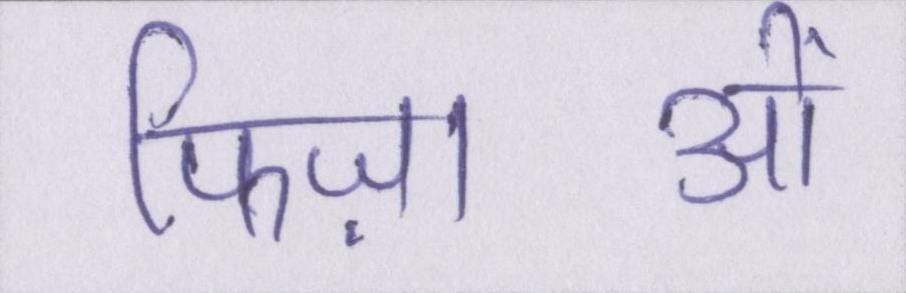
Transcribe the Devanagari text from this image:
फिज़ाओं